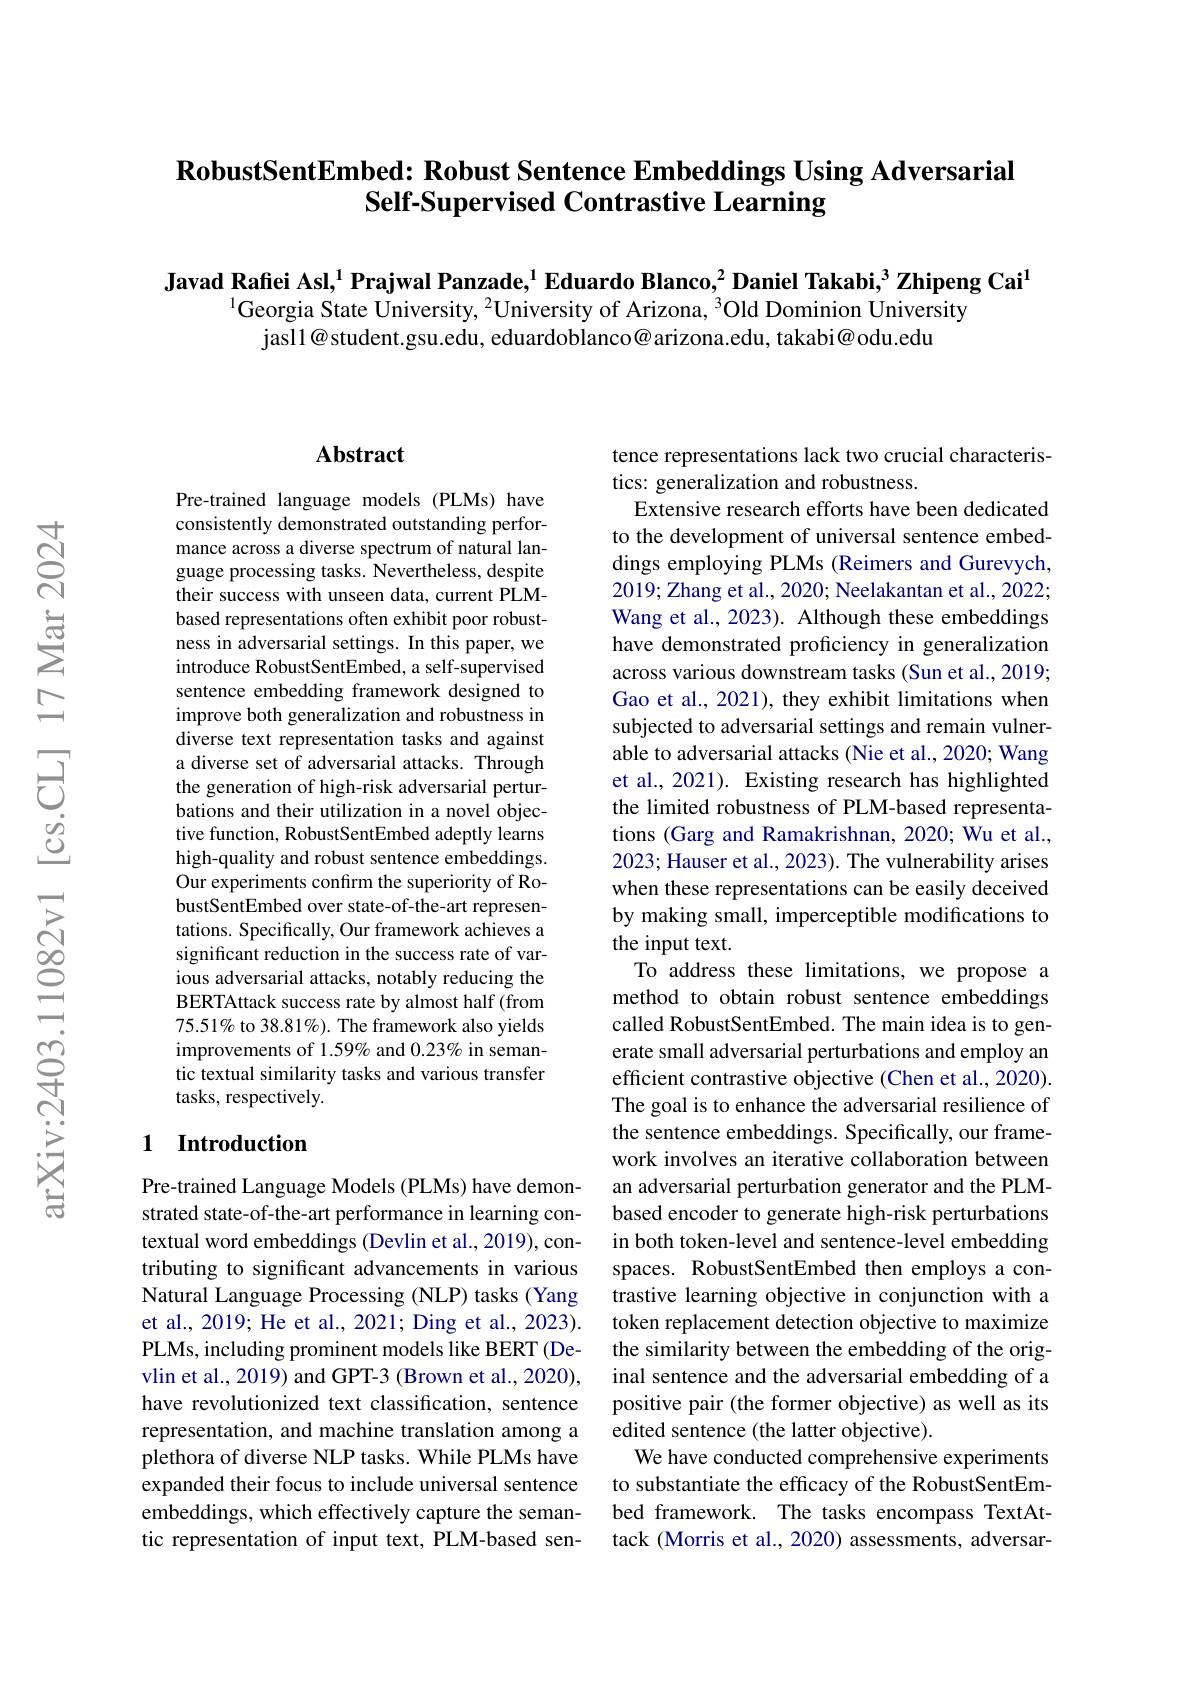
## $\textbf{RobustSentEmbed: Robust Sentence Embeddings Using Adversarial}$ Self-Supervised Contrastive Learning

Javad Rafiei Asl,$^{1}$Prajwal Panzade,$^{1}$Eduardo Blanco,$^{2}$Daniel Takabi,$^{3}$Zhipeng Cai$^{1}$
$^{1}$Georgia State University, $^2$University of Arizona, $^3$Old Dominion University
jasll@student.gsu.edu, eduardoblanco@arizona.edu, takabi@odu.edu

## Abstract

Pre-trained language models (PLMs) have consistently demonstrated outstanding performance across a diverse spectrum of natural language processing tasks. Nevertheless, despite their success with unseen data, current PLMbased representations often exhibit poor robustness in adversarial settings. In this paper, we introduce RobustSentEmbed, a self-supervised sentence embedding framework designed to improve both generalization and robustness in diverse text representation tasks and against a diverse set of adversarial attacks. Through the generation of high-risk adversarial perturbations and their utilization in a novel objective function, RobustSentEmbed adeptly learns high-quality and robust sentence embeddings. Our experiments confirm the superiority of RobustSentEmbed over state-of-the-art representations. Specifically, Our framework achieves a significant reduction in the success rate of various adversarial attacks, notably reducing the BERTAttack success rate by almost half (from 75.51% to 38.81%). The framework also yields improvements of 1.59% and 0.23% in semantic textual similarity tasks and various transfer tasks, respectively.

### 1 Introduction

Pre-trained Language Models (PLMs) have demonstrated state-of-the-art performance in learning contextual word embeddings (Devlin et al., 2019), contributing to significant advancements in various Natural Language Processing (NLP) tasks (Yang et al., 2019; He et al., 2021; Ding et al., 2023). PLMs, including prominent models like BERT (Devlin et al., 2019) and GPT-3 (Brown et al., 2020), have revolutionized text classification, sentence representation, and machine translation among a plethora of diverse NLP tasks. While PLMs have expanded their focus to include universal sentence embeddings, which effectively capture the semantic representation of input text, PLM-based sen-

tence representations lack two crucial characteris-
tics: generalization and robustness.
Extensive research efforts have been dedicated to the development of universal sentence embeddings employing PLMs (Reimers and Gurevych, 2019; Zhang et al., 2020; Neelakantan et al., 2022; Wang et al., 2023). Although these embeddings have demonstrated proficiency in generalization across various downstream tasks (Sun et al., 2019; Gao et al., 2021), they exhibit limitations when subjected to adversarial settings and remain vulnerable to adversarial attacks (Nie et al., 2020; Wang et al., 2021). Existing research has highlighted the limited robustness of PLM-based representations (Garg and Ramakrishnan, 2020; Wu et al., 2023; Hauser et al., 2023). The vulnerability arises when these representations can be easily deceived by making small, imperceptible modifications to the input text.
To address these limitations, we propose a method to obtain robust sentence embeddings called RobustSentEmbed. The main idea is to generate small adversarial perturbations and employ an efficient contrastive objective (Chen et al., 2020) The goal is to enhance the adversarial resilience of the sentence embeddings. Specifically, our framework involves an iterative collaboration between an adversarial perturbation generator and the PLMbased encoder to generate high-risk perturbations in both token-level and sentence-level embedding spaces. RobustSentEmbed then employs a contrastive learning objective in conjunction with a token replacement detection objective to maximize the similarity between the embedding of the original sentence and the adversarial embedding of a positive pair (the former objective) as well as its edited sentence (the latter objective).
We have conducted comprehensive experiments to substantiate the efficacy of the RobustSentEmbed framework. The tasks encompass TextAttack (Morris et al., 2020) assessments, adversar-